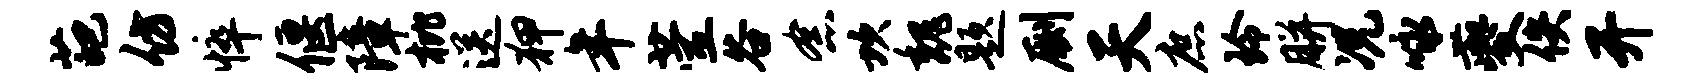
葩仿悴偃障枇送狎年萱谷念坎魏题劂天庶玲胼况咏夔佚开